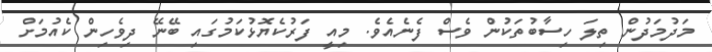
މަދުމަދުން ތިލަ ހިސާބުތަކުން ވެސް ފެނެއެވެ. މިއީ ފަރުކެޔޮޅުކަމުގައި ބޭނޭ ދިވެހިން ކެއުމަށް